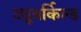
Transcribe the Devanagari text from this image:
ट्यूबर्किल्ड